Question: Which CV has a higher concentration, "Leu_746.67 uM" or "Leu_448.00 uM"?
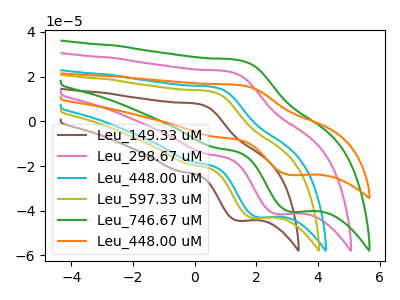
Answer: <think>The brown curve "Leu_149.33 uM" has an anodic peak at (0.10V, 7.80uA) and a cathodic peak at (1.40V, -44.45uA). The pink curve "Leu_298.67 uM" has an anodic peak at (1.10V, 22.25uA) and a cathodic peak at (2.65V, -41.50uA). The cyan curve "Leu_448.00 uM" has an anodic peak at (0.60V, 15.30uA) and a cathodic peak at (2.05V, -42.90uA). The olive curve "Leu_597.33 uM" has an anodic peak at (0.50V, 13.45uA) and a cathodic peak at (1.90V, -43.30uA). The green curve "Leu_746.67 uM" has an anodic peak at (1.45V, 27.35uA) and a cathodic peak at (3.10V, -40.45uA). The orange curve "Leu_448.00 uM" has an anodic peak at (1.45V, 16.20uA) and a cathodic peak at (3.10V, -24.00uA).
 All the peaks in "Leu_746.67 uM" have a peak in "Leu_448.00 uM" at the same potential. Every peak in "Leu_746.67 uM" is higher than every peak in "Leu_448.00 uM".</think>
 <answer>"Leu_746.67 uM" has more signal than "Leu_448.00 uM" and so likely has a higher concentration.</answer>
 <eval>more_concentration</eval>